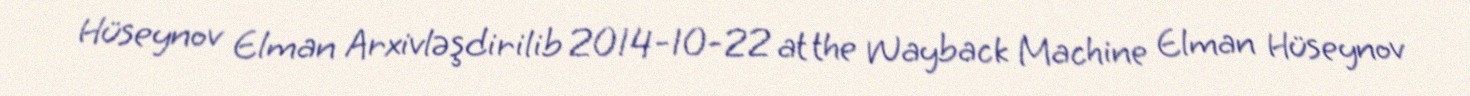
Hüseynov Elman Arxivləşdirilib 2014-10-22 at the Wayback Machine Elman Hüseynov